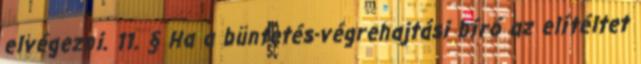
elvégezni. 11. § Ha a büntetés-végrehajtási bíró az elítéltet